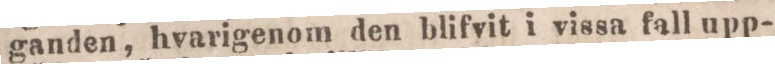
ganden, hvarigenom den blifvit i vissa fall upp-